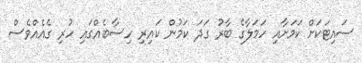
ސައިޓަކަށް ކަމަށާއި ހަމަލާގެ ބާރު ގަދަ ކަމުން ކައިރި ހިސާބެއްގައި ހުރި ގެއެއްވެސް